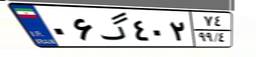
۰۶گ۴۰۲۷۴